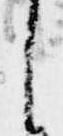
と